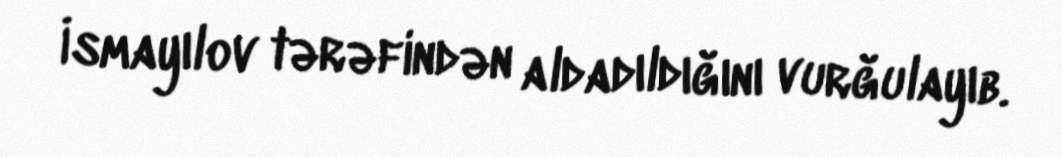
İsmayılov tərəfindən aldadıldığını vurğulayıb.